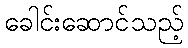
ခေါင်းဆောင်သည့်